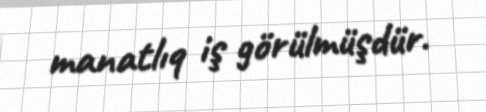
manatlıq iş görülmüşdür.